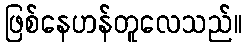
ဖြစ်နေဟန်တူလေသည်။